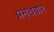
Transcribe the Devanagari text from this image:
प्रमत्तवार